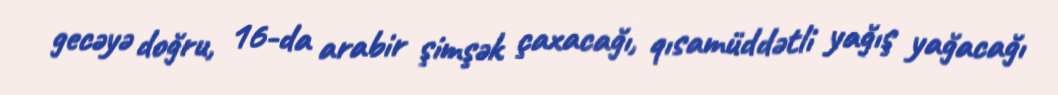
gecəyə doğru, 16-da arabir şimşək çaxacağı, qısamüddətli yağış yağacağı